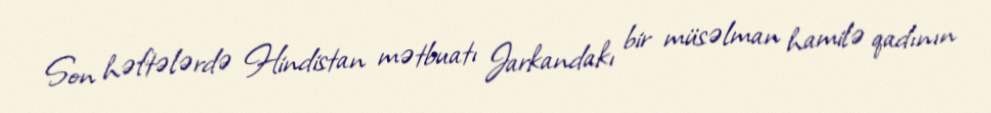
Son həftələrdə Hindistan mətbuatı Jarkandakı bir müsəlman hamilə qadının